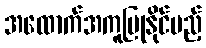
အထောက်အကူပြုနိုင်မည့်